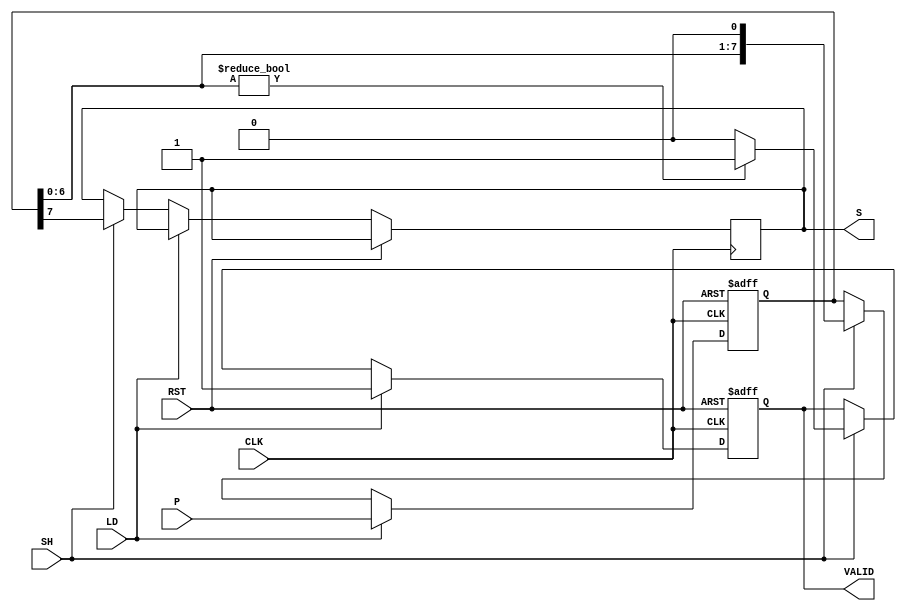
module dynamic_piso_register #(
    parameter N = 8  // Width of the register
)(
    input wire [N-1:0] P,      // Parallel input
    input wire LD,              // Load control signal
    input wire SH,              // Shift control signal
    input wire CLK,             // Clock signal
    input wire RST,             // Reset signal
    output reg S,               // Serial output
    output reg VALID            // Valid output signal
);

    reg [N-1:0] shift_reg;      // Shift register to hold the data

    always @(posedge CLK or posedge RST) begin
        if (RST) begin
            shift_reg <= {N{1'b0}}; // Clear the register on reset
            VALID <= 1'b0;          // Reset VALID signal
        end else begin
            if (LD) begin
                shift_reg <= P;      // Load parallel data into the register
                VALID <= 1'b1;       // Set VALID signal when data is loaded
            end else if (SH) begin
                S <= shift_reg[N-1]; // Output the most significant bit
                shift_reg <= {shift_reg[N-2:0], 1'b0}; // Shift right
                VALID <= (shift_reg[N-2:0] != 0) ? 1'b1 : 1'b0; // Update VALID signal
            end
        end
    end

endmodule